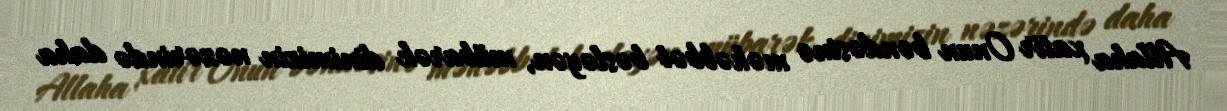
Allaha xatir Onun bəndəsinə məhəbbət bəsləyən, mübarək dinimizin nəzərində daha